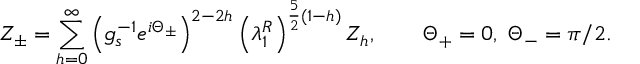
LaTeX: Z _ { \pm } = \sum _ { h = 0 } ^ { \infty } \left( g _ { s } ^ { - 1 } e ^ { i \Theta _ { \pm } } \right) ^ { 2 - 2 h } \left( \lambda _ { 1 } ^ { R } \right) ^ { { \frac { 5 } { 2 } } ( 1 - h ) } Z _ { h } , \qquad \Theta _ { + } = 0 , \; \Theta _ { - } = \pi / 2 .